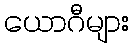
ယောဂီများ